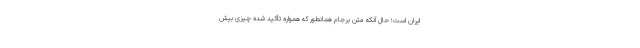
ایران است؛ حال آنکه متن برجام همانطور که همواره تأکید شده چیزی بیش